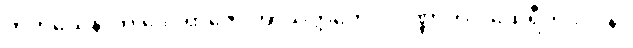
တတိယေနာတိ ဒေဝရာဇော အာသိတ္တတေလဝဏ္ဏာတိပိ ထေရီတိ ပါပနာ